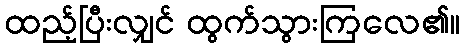
ထည့်ပြီးလျှင် ထွက်သွားကြလေ၏။